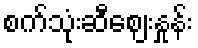
စက်သုံးဆီဈေးနှုန်း